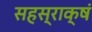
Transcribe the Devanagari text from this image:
सहस्राक्षं